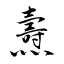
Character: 燾